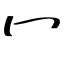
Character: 冖